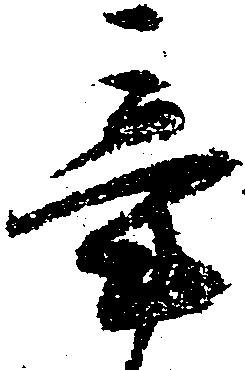
辛